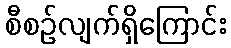
စီစဉ်လျက်ရှိကြောင်း